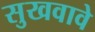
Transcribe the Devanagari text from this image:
सुखवावे